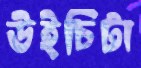
উইচিটা